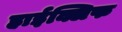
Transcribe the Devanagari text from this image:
हाईक्लिफ